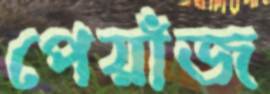
পেয়াঁজ